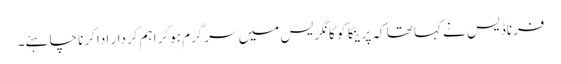
فرناڈیس نے کہا تھا کہ پرینکا کو کانگریس میں سرگرم ہوکر اہم کردار ادا کرنا چاہئے۔